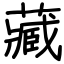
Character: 藏